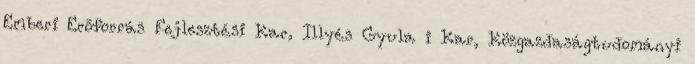
Emberi Erõforrás Fejlesztési Kar, Illyés Gyula i Kar, Közgazdaságtudományi